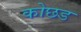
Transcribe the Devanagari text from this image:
कोछड